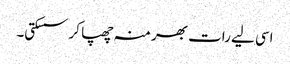
اسی لیے رات بھر منہ چھپا کر سسکتی۔